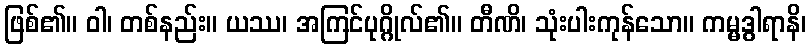
ဖြစ်၏။ ဝါ၊ တစ်နည်း။ ယဿ၊ အကြင်ပုဂ္ဂိုလ်၏။ တီဏိ၊ သုံးပါးကုန်သော။ ကမ္မဒွါရာနိ၊